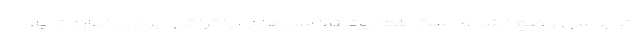
اتوبوسی وضع نشده است. فعالیت تاکسی‌های اینترنتی ایرادی ندارد تا به